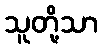
သူတို့သာ